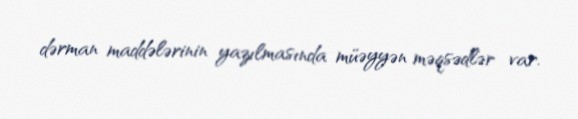
dərman maddələrinin yazılmasında müəyyən məqsədlər var.